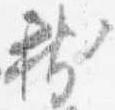
新